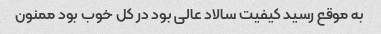
به موقع رسید کیفیت سالاد عالی بود در کل خوب بود ممنون